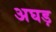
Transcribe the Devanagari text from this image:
अघड़